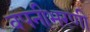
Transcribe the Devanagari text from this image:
वपनीभरणी